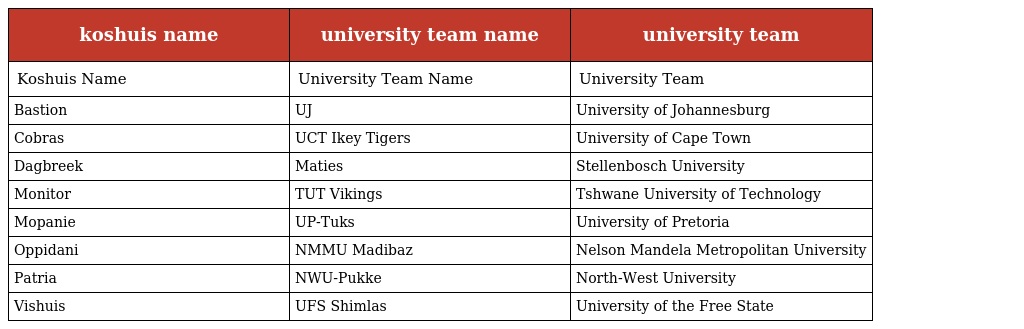
| koshuis name | university team name | university team |
 | --- | --- | --- |
 | Koshuis Name | University Team Name | University Team |
 | Bastion | UJ | University of Johannesburg |
 | Cobras | UCT Ikey Tigers | University of Cape Town |
 | Dagbreek | Maties | Stellenbosch University |
 | Monitor | TUT Vikings | Tshwane University of Technology |
 | Mopanie | UP-Tuks | University of Pretoria |
 | Oppidani | NMMU Madibaz | Nelson Mandela Metropolitan University |
 | Patria | NWU-Pukke | North-West University |
 | Vishuis | UFS Shimlas | University of the Free State |